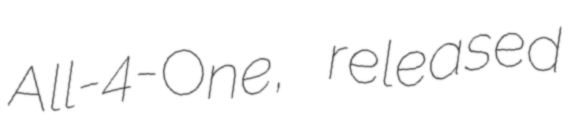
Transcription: All-4-One, released